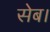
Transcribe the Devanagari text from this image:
सेब।